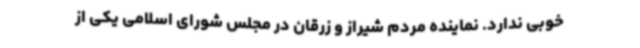
خوبی ندارد. نماینده مردم شیراز و زرقان در مجلس شورای اسلامی یکی از